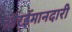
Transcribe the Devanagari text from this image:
औरईमानदारी